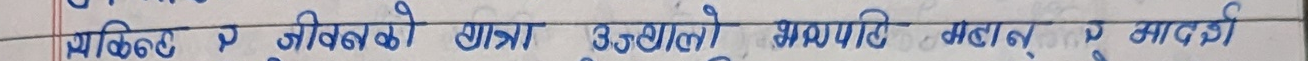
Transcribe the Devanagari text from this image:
व्यक्तिको जीवनको यात्रा उसको भाग्यले मापन गरिन्छ।